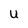
Character: U